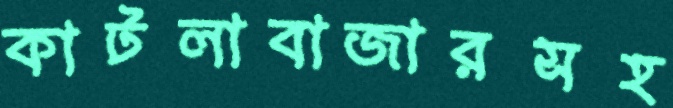
কাটলাবাজারসহ